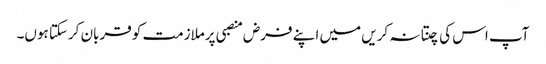
آپ اس کی چنتا نہ کریں میں اپنے فرض منصبی پرملازمت کو قربان کرسکتا ہوں۔